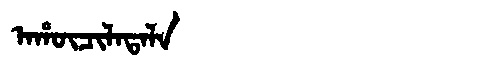
Manchu: ᠠᡥᡡᠴᡳᠯᠠᡨᠠᠯᠠ
Romanization: AHŪCILATALA